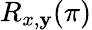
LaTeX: R_{x,\mathbf{y}}(\pi)